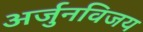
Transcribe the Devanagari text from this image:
अर्जुनविजय